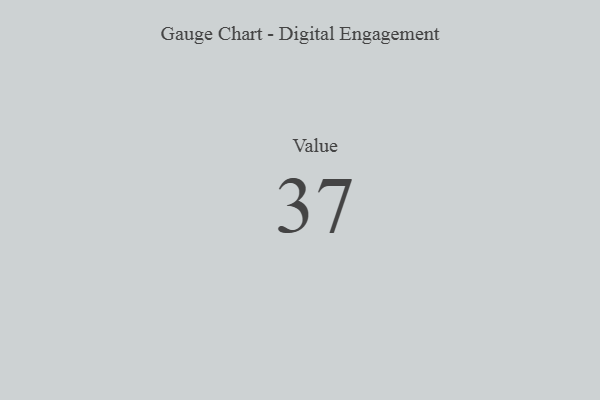
{"axis": {"x": "Metric", "y": "Value"}, "legend": [""], "data": [{"x": "Value", "y": 37, "type": ""}]}